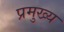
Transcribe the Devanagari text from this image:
प्रमुख्‍य